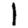
Digit: 1